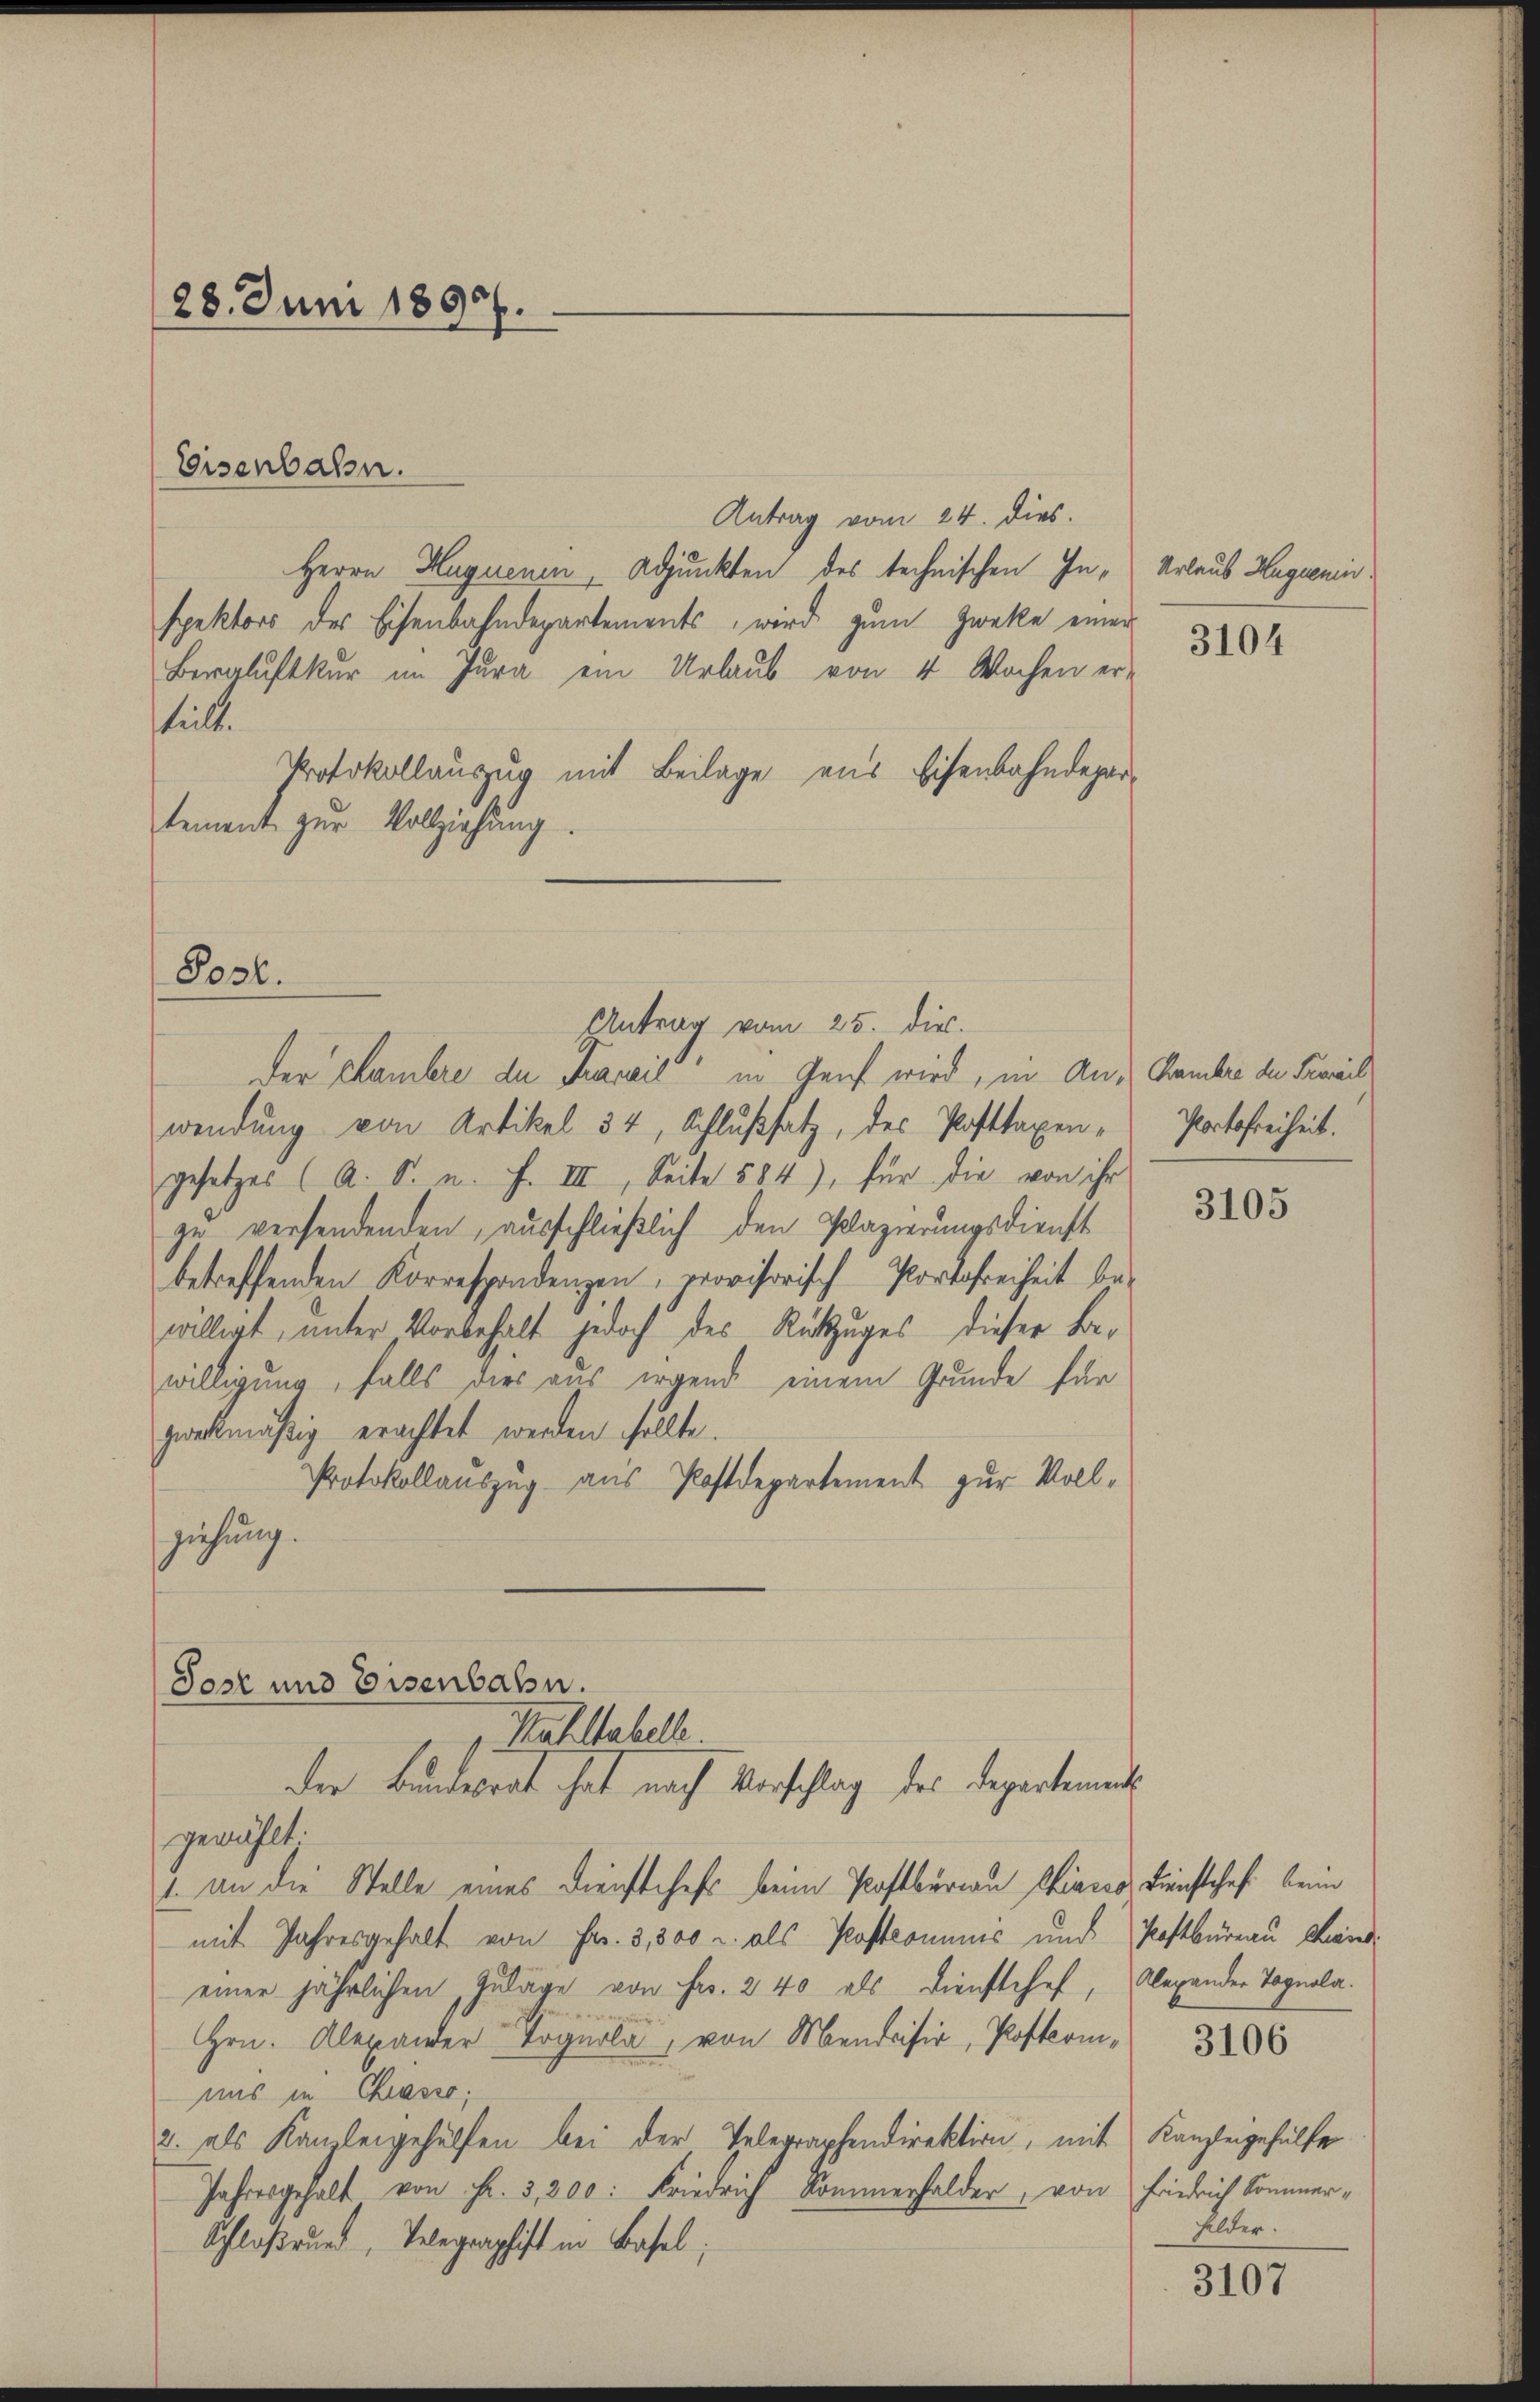
28. Juni 1890.

Eisenbahn.

Antrag vom 24. dies
Herrn Hugueni, Adjunkten des technischen In-Urlaub Hugenispektors der Eisenbahndepartements, wird zum Zwecke einer
Bergluftkur im Jura ein Urlaub von 4 Wochen er-
hielt.
Protokollauszug mit Beilage aus Eisenbahndepar-
tement zur Vollziehung.
Antrag vom 25. dir.
der Chambre der Karail“ in Genf wird, in An- Cambre der Proreil
wendung von Artikel 34, Schlußsatz, des Pasttaxen - Portofreiheit.
gesetzes (A. S. u. F. III, Seite 584), für die von ihr
zu versendenden, ausschließlich den Plazierungsdienst
betreffenden Korrespondenzen, provisorisch Portofreiheit be-
willigt, unter Vorbehalt jedoch des Rückzuges dieser Bewilligung, falls dies aus irgend einem Grunde für
zwekmäßig erachtet werden sollte.
Protokollauszug aus Postdepartement zur Vollziehung.
Jost und Eisenbahn.
Kahltabell
der Bundesrat hat nach Vorschlag des Departements
gewählt.
1. an die Stelle eines Dienstchefs beim Postbureau Chiares Dienstchef beim
mit Jahresgehalt von Fr. 3,800 u. als Postkommnis und Postbüreau Kaneiner jährlichen Zulage von Fr. 240 als Dienstchef, Alexander Tognola.
 396
uns in Chiasso,
2. als Kanzleigehülfen bei der Telegraphendirektion, mit Kanzleigehülfe
Jahresgehalt von Fr. 3,200. Friedrich Kommerhalder, von Friedrich Sommer-
Schloßrund, Telegraphist in Basel;

Post.

3104

3105

hilder.

3107